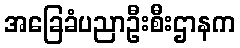
အခြေခံပညာဦးစီးဌာနက